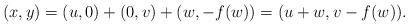
LaTeX: \begin{align*}(x,y)&=(u,0) + (0,v) + (w,-f(w))=(u + w,v - f(w)).\end{align*}